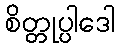
စိတ္တုပ္ပါဒေါ